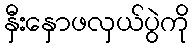
နှီးနှောဖလှယ်ပွဲကို